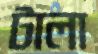
টালা